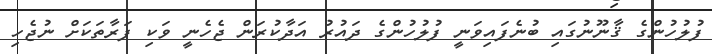
ފުލުހުންގެ ޤާނޫނުގައި ބުނެފައިވަނީ ފުލުހުންގެ ދައުރު އަދާކުރަން ޖެހެނީ ވަކި ފަރާތަކަށް ނުޖެހި